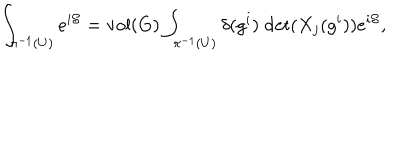
LaTeX: \int _ { \pi ^ { - 1 } ( U ) } e ^ { i { \cal S } } = \mathrm { v o l } ( G ) \int _ { \pi ^ { - 1 } ( U ) } \delta ( g ^ { i } ) \; \mathrm { d e t } ( X _ { j } ( g ^ { i } ) ) e ^ { i { \cal S } } ,